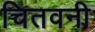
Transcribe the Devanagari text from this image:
चितवनी